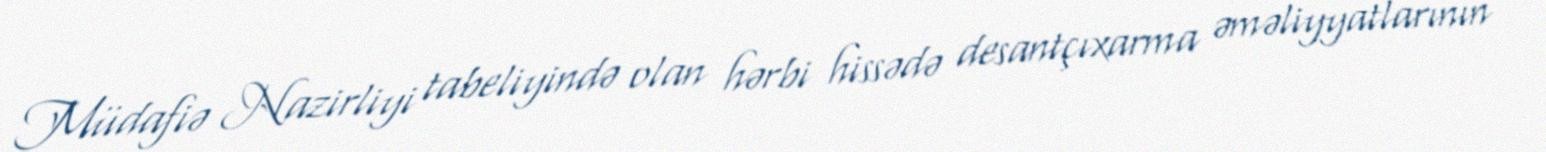
Müdafiə Nazirliyi tabeliyində olan hərbi hissədə desantçıxarma əməliyyatlarının